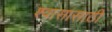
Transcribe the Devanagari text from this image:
श्वासासाठी